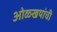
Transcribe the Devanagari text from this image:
ओळखयांची